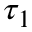
\tau _ { 1 }